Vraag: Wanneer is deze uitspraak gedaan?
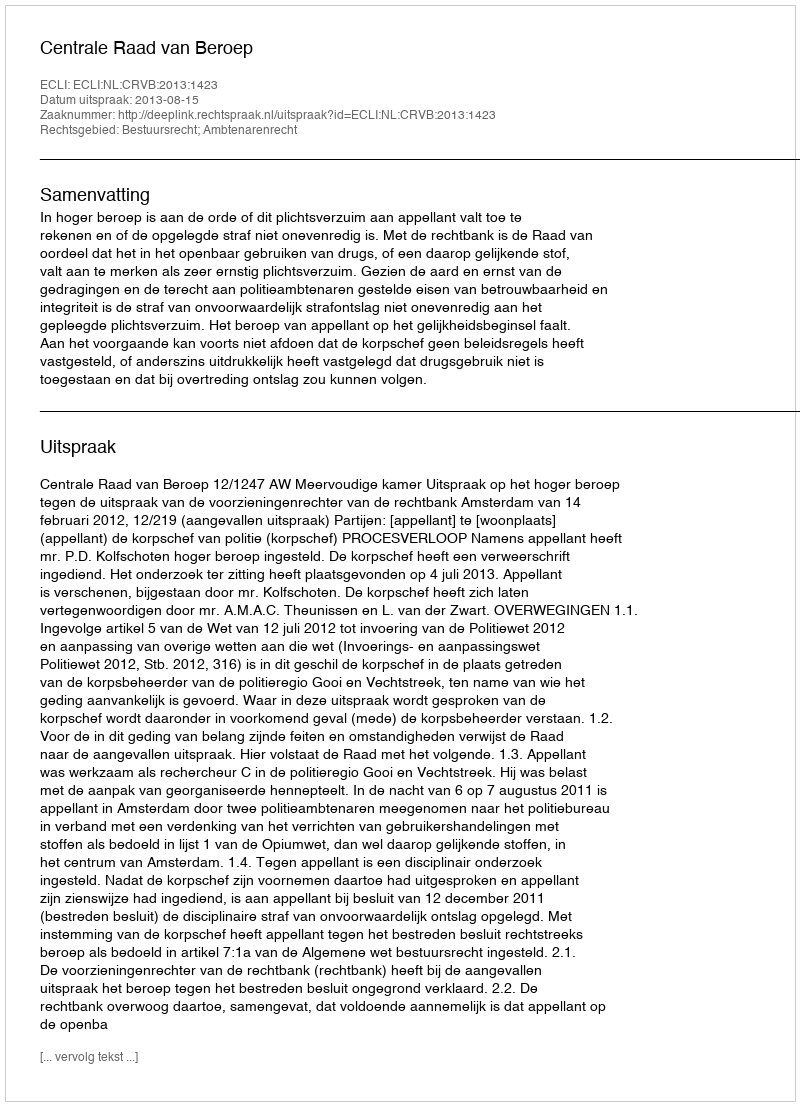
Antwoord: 2013-08-15